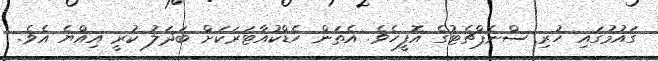
ގައުމުގައި ހުރި ސްނެޕްޗެޓުގެ އޮފީހެވެ. އެތަން ހެޑްކުއާޓަރަކަށް ބަދަލު ކުރީ އިއްޔެ އެވެ.